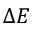
\Delta E